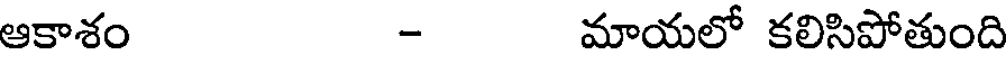
ఆకాశం - మాయలో కలిసిపోతుంది